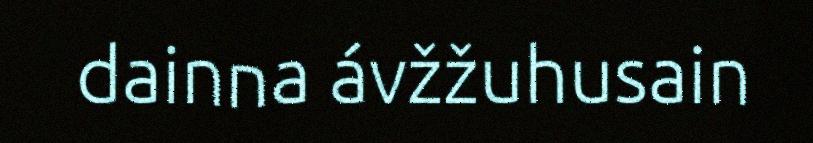
dainna ávžžuhusain